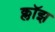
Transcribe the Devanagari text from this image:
क्लॉझ